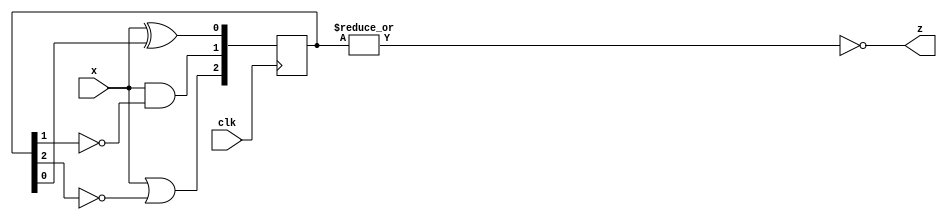
module DFFnGate2 (
    input clk,
    input x,
    output z
);
    // output of DFFs
    wire [2:0] Q;

    // seq
    always @(posedge clk) begin
        Q[0] <= x ^ Q[0];
        Q[1] <= x & ~Q[1]; // immediate inversion
        Q[2] <= x | ~Q[2]; // immediate inversion
    end

    assign z = ~(|Q);

endmodule